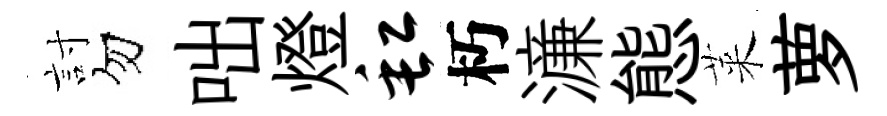
討勿咄燈缸朽濓態萊萝